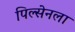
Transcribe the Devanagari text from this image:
पिल्सेनला